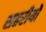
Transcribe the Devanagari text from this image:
शहरीयों